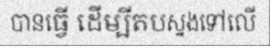
បានធ្វើ ដើម្បីតបស្នងទៅលើ